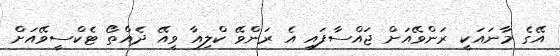
އޭގެ މާނައަކީ ރަންވޭއަށް ޖައްސާފައި އެ ރަންވޭ ކްލިއާ ވީއޭ ދެއްތޯ ޓެކްސީވޭއަށް